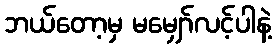
ဘယ်တော့မှ မမျှော်လင့်ပါနဲ့